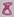
Text: 8